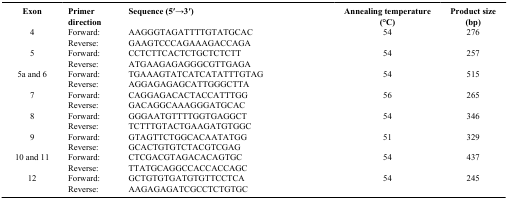
| Exon | Primer direction | Sequence (5′→3′) | Annealing temperature (°C) | Product size (bp) |
 | --- | --- | --- | --- | --- |
 | 4 | Forward: | AAGGGTAGATTTTGTATGCAC | 54 | 276 |
 |  | Reverse: | GAAGTCCCAGAAAGACCAGA |  |  |
 | 5 | Forward: | CCTCTTCACTCTGCTCTCTT | 54 | 257 |
 |  | Reverse: | ATGAAGAGAGGGCGTTGAGA |  |  |
 | 5a and 6 | Forward: | TGAAAGTATCATCATATTTGTAG | 54 | 515 |
 |  | Reverse: | AGGAGAGAGCATTGGGCTTA |  |  |
 | 7 | Forward: | CAGGAGACACTACCATTTGG | 56 | 265 |
 |  | Reverse: | GACAGGCAAAGGGATGCAC |  |  |
 | 8 | Forward: | GGGAATGTTTTGGTGAGGCT | 54 | 346 |
 |  | Reverse: | TCTTTGTACTGAAGATGTGGC |  |  |
 | 9 | Forward: | GTAGTTCTGGCACAATATGG | 51 | 329 |
 |  | Reverse: | GCACTGTGTCTACGTCGAG |  |  |
 | 10 and 11 | Forward: | CTCGACGTAGACACAGTGC | 54 | 437 |
 |  | Reverse: | TTATGCAGGCCACCACCAGC |  |  |
 | 12 | Forward: | GCTGTGTGATGTGTTCCTCA | 54 | 245 |
 |  | Reverse: | AAGAGAGATCGCCTCTGTGC |  |  |